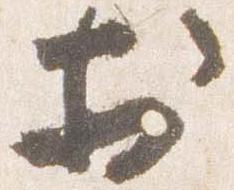
於